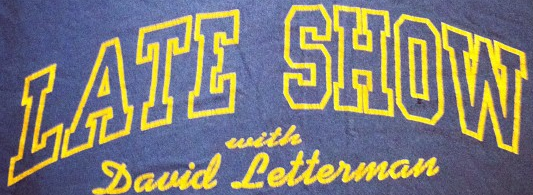
LATE SHOW